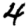
Digit: 4